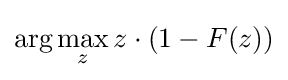
\arg \max _{z}{z\cdot (1-F(z))}